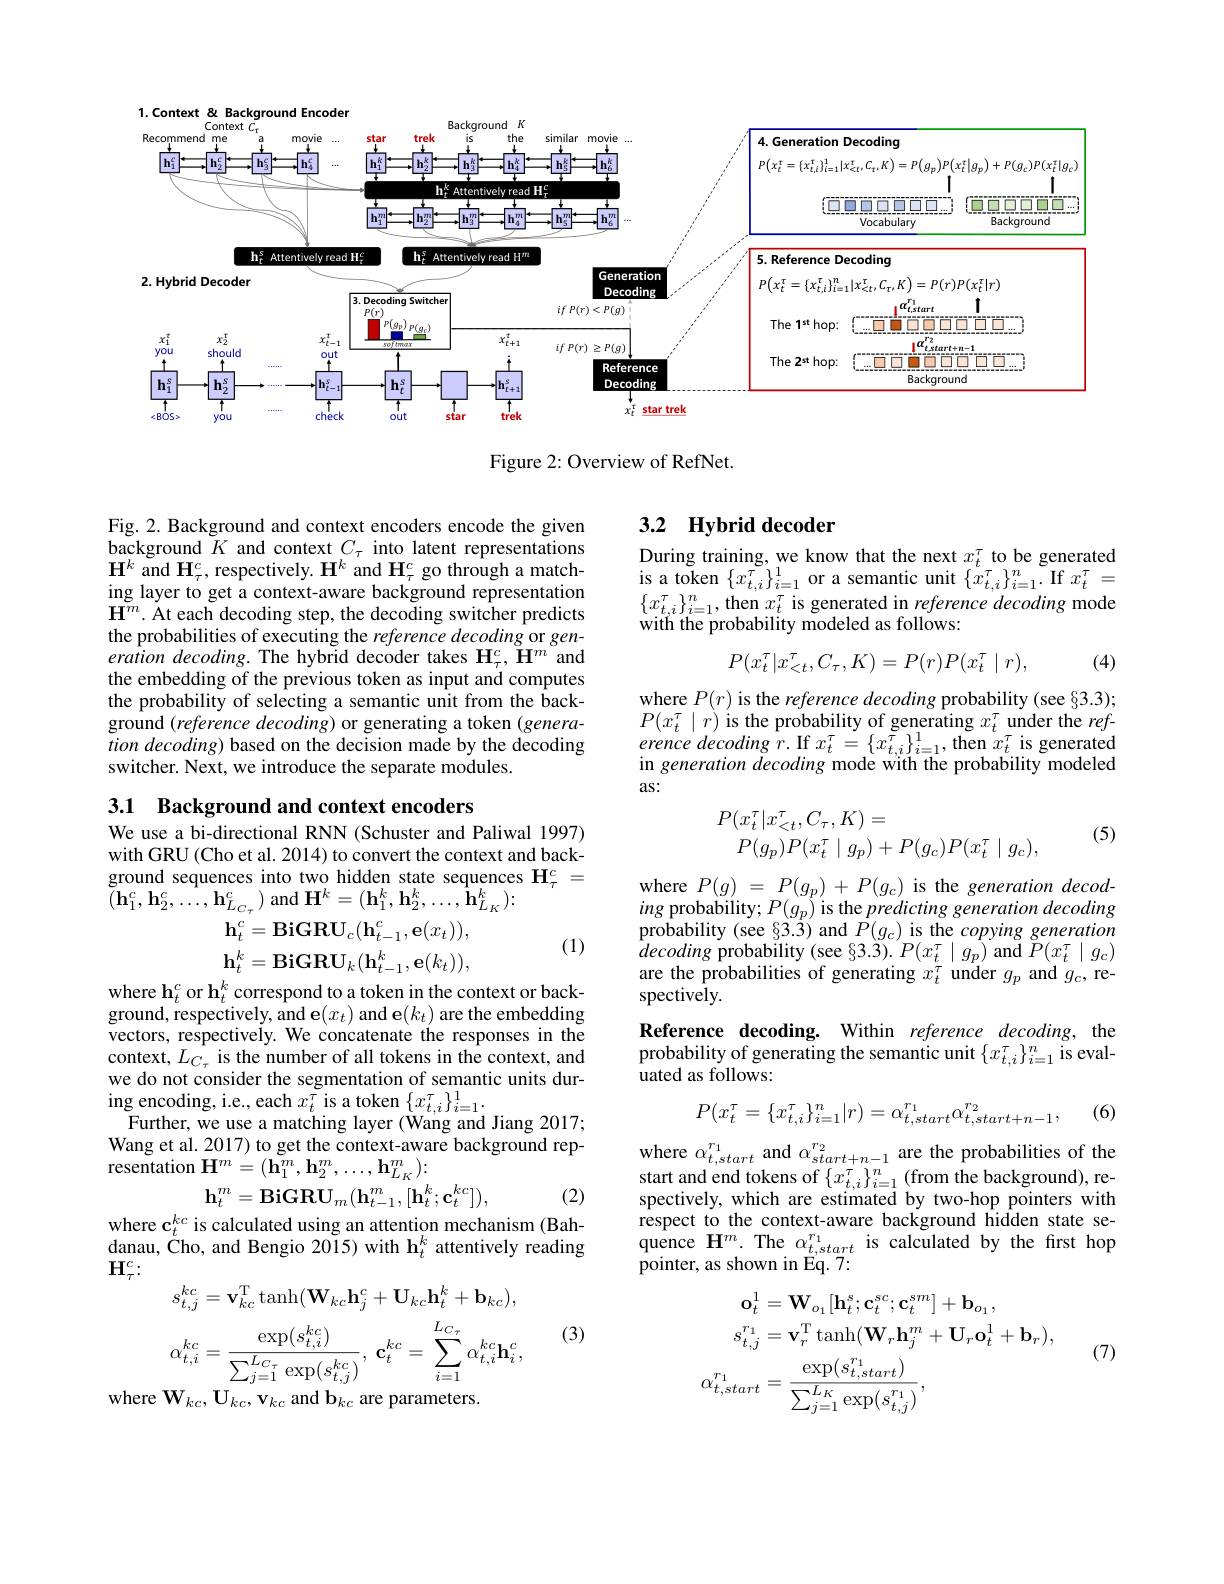
<FigureHere>

Figure 2: Overview of RefNet.

## 3.2 $\textbf{Hybrid decoder}$

During training, we know that the next $x_{t}^{\tau}$ to be generated $\begin{array}{l}{\mathrm{is~a~token~}\{x_{t,i}^{\tau}\}_{i=1}^{1}\mathrm{~or~a~semantic~unit~}\{x_{t,i}^{\tau}\}_{i=1}^{n}.\mathrm{~If~}x_{t}^{\tau}=}\\{\{\tau)^{n}\mathrm{~a~t~}}\end{array}$ $\{x_{t,i}^{\tau}\}_{i=1}^{n}$,then $x_t^\tau$ is generated in reference decoding mode with the probability modeled as follows:

Fig. 2. Background and context encoders encode the given background $K$ and context $C_\tau$ into latent representations $\mathbf{H}^{k}$ and $\mathbf{H}_\tau^{c}$, respectively. $\mathbf{H}^{k}$ and $\mathbf{H}_\tau^{c}$ go through a matching layer to get a context-aware background representation $\mathbf{H}^{m}.$ At each decoding step, the decoding switcher predicts the probabilities of executing the reference decoding or generation decoding. The hybrid decoder takes $\mathbf{H}_\tau^c,{\mathbf{H}}^m$ and the embedding of the previous token as input and computes the probability of selecting a semantic unit from the backtion decoding) based on the decision made by the decoding switcher. Next, we introduce the separate modules.
$$P(x_t^\tau|x_{<t}^\tau,C_\tau,K)=P(r)P(x_t^\tau\mid r),$$
(4)

where $P(r)$ is the reference decoding probability (see 63.3); $P(x_{t}^{\tau}\mid r)$ is the probability of generating $x_t^{\tau}$ under the ref- $erence decoding r. $If $x_{t}^{\tau }= \{ x_{t, i}^{\tau }\} _{i= 1}^{1}, $then $x_{t}^{\tau } $is generated in generation decoding mode with the probability modeled as:
$$P(x_{t}^{\tau}|x_{<t}^{\tau},C_{\tau},K)=\\P(g_{p})P(x_{t}^{\tau}\mid g_{p})+P(g_{c})P(x_{t}^{\tau}\mid g_{c}),$$
3.1 Background and context encoders

(5)

We use a bi-directional RNN (Schuster and Paliwal 1997) with GRU (Cho et al. 2014) to convert the context and back- $\begin{array}{c}{\mathrm{ground~sequences~into~two~hidden~state~sequences~H}_{\tau}^{c}}&{=}\\{\mathrm{ground~sequences~into~two~hidden~state~sequences~H}_{\tau}}&{=}\end{array}$ $\tilde{(}\mathbf{h}_{1}^{c},\mathbf{h}_{2}^{c},\ldots,\mathbf{h}_{L_{C\tau}}^{c})$ and$\mathbf{H}^k=(\mathbf{h}_{1}^{k},\mathbf{h}_{2}^{k},\ldots,\mathbf{\hat{h}}_{L_{K}}^{k});$
$$\mathbf{h}_t^c=\mathbf{BiGRU}_c(\mathbf{h}_{t-1}^c,\mathbf{e}(x_t)),$$
(1)
$$\mathbf{h}_{t}^{k}=\mathbf{BiGRU}_{k}(\mathbf{h}_{t-1}^{k},\mathbf{e}(k_{t})),$$
where $P( g)$ = $P( g_{p})$ + $P( g_{c})$ is the generation decoding probability; $P( g_{p})$ is the predicting generation decoding probability ( see $\S 3. 3)$ and $P( g_{c})$ is the copying generation decoding probability ( see $\S 3. 3) . P( x_{t}^{\tau }\mid g_{p})$ and $P( x_{t}^{\tau }\mid g_{c})$ are the probabilities of gene spectively.
Reference decoding. Within reference decoding, the probability of generating the semantic unit $\{x_{t,i}^{\tau}\}_{i=1}^{n}$ is evaluated as follows:

where $\mathbf{h}_t^c$ or $\mathbf{h}_t^k$ correspond to a token in the context or back- $\begin{array}{l}{\mathrm{ground,~respectively,~and~e}(x_{t})~and~e}(k_{t})~are~the~embedding\\{\mathrm{vectors,~respectively.~We~concatenate~the~responses~in~the}}\end{array}$ context, $L_{C_{\tau}}$ is the number of all tokens in the context, and we do not consider the segmentation of semantic units during encoding, i.e., each $x_t^\tau$ is a token $\{x_{t,i}^{\tau}\}_{i=1}^{1}.$
Further, we use a matching layer (Wang and Jiang 2017; Wang et al. 2017) to get the context-aware background representation
$$\begin{aligned}&\mathbf{H}^{m}=(\mathbf{h}_{1}^{m},\mathbf{h}_{2}^{m},\ldots,\mathbf{h}_{L_{K}}^{m});\\&\mathbf{h}_{t}^{m}=\mathbf{BiGRU}_{m}(\mathbf{h}_{t-1}^{m},[\mathbf{h}_{t}^{k};\mathbf{c}_{t}^{kc}]),\end{aligned}$$
(6)
$$P(x_t^\tau=\{x_{t,i}^\tau\}_{i=1}^n|r)=\alpha_{t,start}^{r_1}\alpha_{t,start+n-1}^{r_2},$$
where c$_t^{kc}$ is calculated using an attention mechanism (Bah-

(2)

where $\alpha_t,start^{r_1}$ and $\alpha_start+n-1^{r_2}$ are the probabilities of the start and end tokens of $\{x_{t,i}^{\tau}\}_{i=1}^{n}($from the background), respectively, which are estimated by two-hop pointers with respect to the context-aware background hidden state sequence $\mathbf{H}^m.$ The $\alpha_t,start$ is calculated by the frst hop pointer, as shown in Eq. 7:

danau, Cho, and Bengio 2015) with $\mathbf{h}_t^k$ attentively reading
$\mathbf{H}_{\tau}^{c}{:}$
$$s_{t,j}^{kc}=\mathbf{v}_{kc}^{\mathrm{T}}\tanh(\mathbf{W}_{kc}\mathbf{h}_{j}^{c}+\mathbf{U}_{kc}\mathbf{h}_{t}^{k}+\mathbf{b}_{kc}),$$
$$\alpha_{t,i}^{kc}=\frac{\exp(s_{t,i}^{kc})}{\sum_{j=1}^{L_{C\tau}}\exp(s_{t,j}^{kc})},\:\mathbf{c}_{t}^{kc}=\sum_{i=1}^{L_{C\tau}}\alpha_{t,i}^{kc}\mathbf{h}_{i}^{c},$$
where $\mathbf{W}_{kc},\mathbf{U}_{kc},\mathbf{v}_{kc}$ and b$_kc$ are parameters.

(3)

(7)
$$\begin{aligned}\mathbf{o}_{t}^{1}&=\mathbf{W}_{o_{1}}[\mathbf{h}_{t}^{s};\mathbf{c}_{t}^{sc};\mathbf{c}_{t}^{sm}]+\mathbf{b}_{o_{1}},\\s_{t,j}^{r_{1}}&=\mathbf{v}_{r}^{\mathrm{T}}\operatorname{tanh}(\mathbf{W}_{r}\mathbf{h}_{j}^{m}+\mathbf{U}_{r}\mathbf{o}_{t}^{1}+\mathbf{b}_{r}),\\\alpha_{t,start}^{r_{1}}&=\frac{\exp(s_{t,start}^{r_{1}})}{\sum_{j=1}^{L_{K}}\exp(s_{t,j}^{r_{1}})},\end{aligned}$$